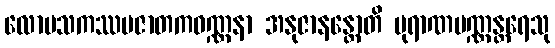
လောမသကဿပဇာတကဝဏ္ဏနာ အနုဇာနန္တောတိ ပုရာဏပဏ္ဏန္တရေသု